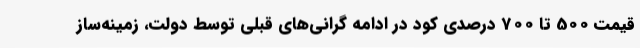
قیمت 500 تا 700 درصدی کود در ادامه گرانی‌های قبلی توسط دولت، زمینه‌ساز